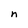
Character: n